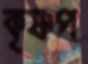
কৃষ্ণপ